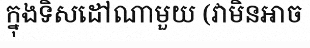
ក្នុងទិសដៅណាមួយ (វាមិនអាច